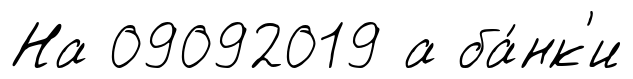
На 09092019 а ба́нк'и